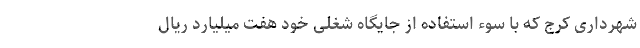
شهرداری کرج که با سوء استفاده از جایگاه شغلی خود هفت میلیارد ریال